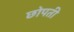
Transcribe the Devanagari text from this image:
छोपती